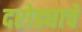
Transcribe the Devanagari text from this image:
दरोड्याचे